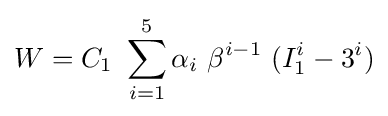
W=C_{1}~\sum _{i=1}^{5}\alpha _{i}~\beta ^{i-1}~(I_{1}^{i}-3^{i})